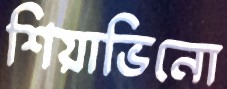
শিয়াভিনো